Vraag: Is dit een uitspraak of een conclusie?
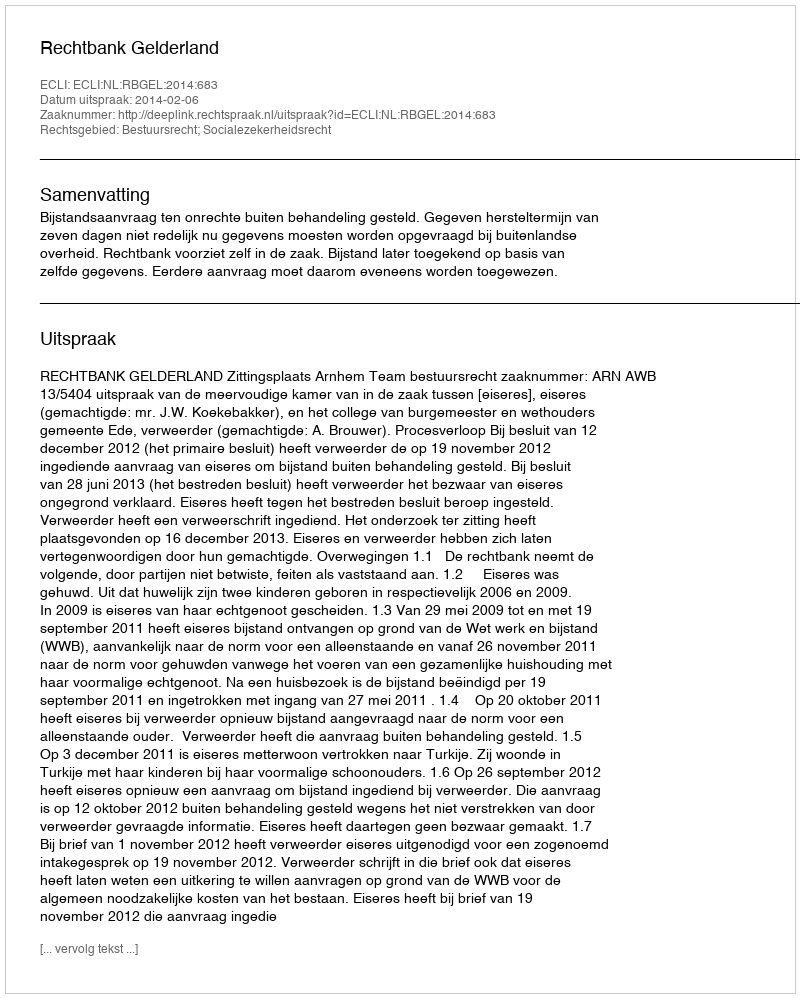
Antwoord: Uitspraak